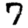
Digit: 7